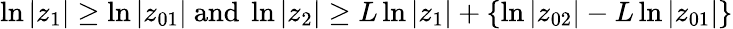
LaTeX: \ln|z_{1}|\geq\ln|z_{01}|{\mathrm{~and~}}\ln|z_{2}|\geq L\ln|z_{1}|+\{ \ln|z_{02}|-L\ln|z_{01}|\}